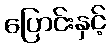
ပြောင်းနှင့်